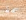
سمة